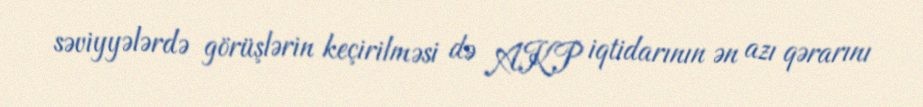
səviyyələrdə görüşlərin keçirilməsi də AKP iqtidarının ən azı qərarını